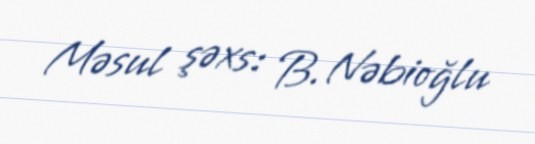
Məsul şəxs: B. Nəbioğlu